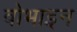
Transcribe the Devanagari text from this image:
वोभाइन